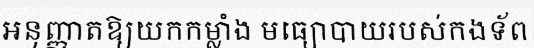
អនុញ្ញាតឱ្យយកកម្លាំង មធ្យោបាយរបស់កងទ័ព